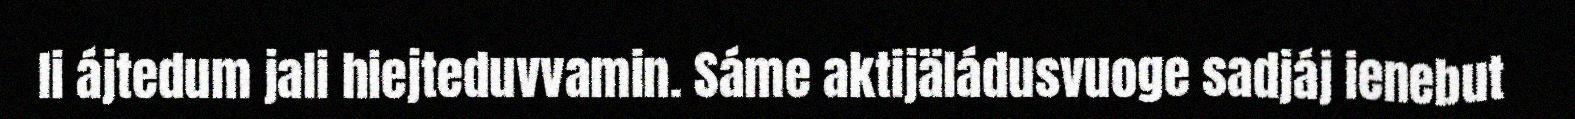
li ájtedum jali hiejteduvvamin. Sáme aktijäládusvuoge sadjáj ienebut